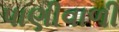
પાણીવાળી